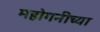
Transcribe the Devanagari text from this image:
महोगनीच्या